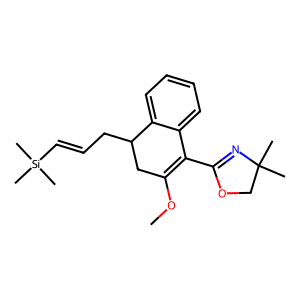
SMILES: COC1=C(C2=NC(C)(C)CO2)c2ccccc2C(CC=C[Si](C)(C)C)C1
Inhibits HIV replication: No